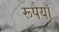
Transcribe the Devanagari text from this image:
रूपैयाँ